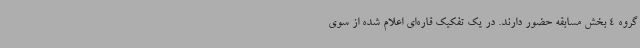
گروه 4 بخش مسابقه حضور دارند. در یک تفکیک قاره‌ای اعلام شده از سوی